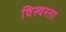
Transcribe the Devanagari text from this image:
विस्वरता